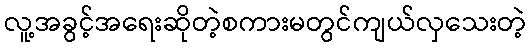
လူ့အခွင့်အရေးဆိုတဲ့စကားမတွင်ကျယ်လှသေးတဲ့